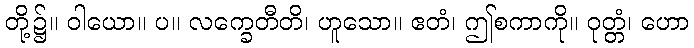
တို့၌။ ဝါယော။ ပ။ လက္ခေတီတိ၊ ဟူသော။ ဧတံ၊ ဤစကာကို။ ဝုတ္တံ၊ ဟော